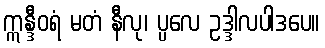
ဣန္ဒီဝရံ မတံ နီလု၊ ပ္ပလေ ဥဒ္ဒါလပါဒပေ။